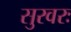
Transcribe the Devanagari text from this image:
सुरवरः